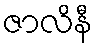
ဇာလိနီ